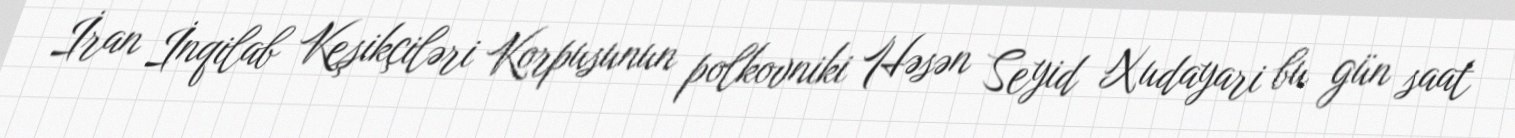
İran İnqilab Keşikçiləri Korpusunun polkovniki Həsən Seyid Xudayari bu gün saat